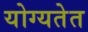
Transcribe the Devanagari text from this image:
योग्यतेत